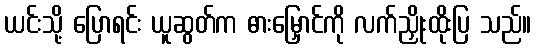
ယင်းသို့ ပြောရင်း ယူဆွတ်က ဓားမြှောင်ကို လက်ညှိုးထိုးပြ သည်။